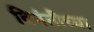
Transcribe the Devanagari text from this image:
विनंतीच्या